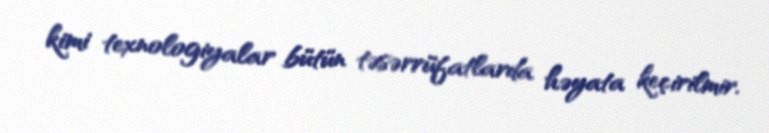
kimi texnologiyalar bütün təsərrüfatlarda həyata keçirilmir.